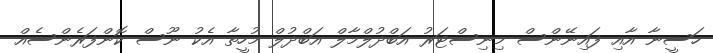
ހަސީނާ އާއި ފައިނޭންސް މިނިސްޓަރު އަބްދުލްމާލް އަބްދުލް މުހީތާ އެކު ނޫސް ކޮންފަރެންސެއް